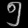
Digit: ၅